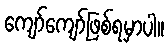
ကျော်ကျော်ဖြစ်ရမှာပါ။